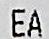
EA